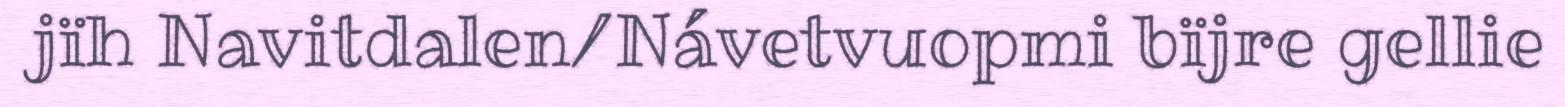
jïh Navitdalen/Návetvuopmi bïjre gellie